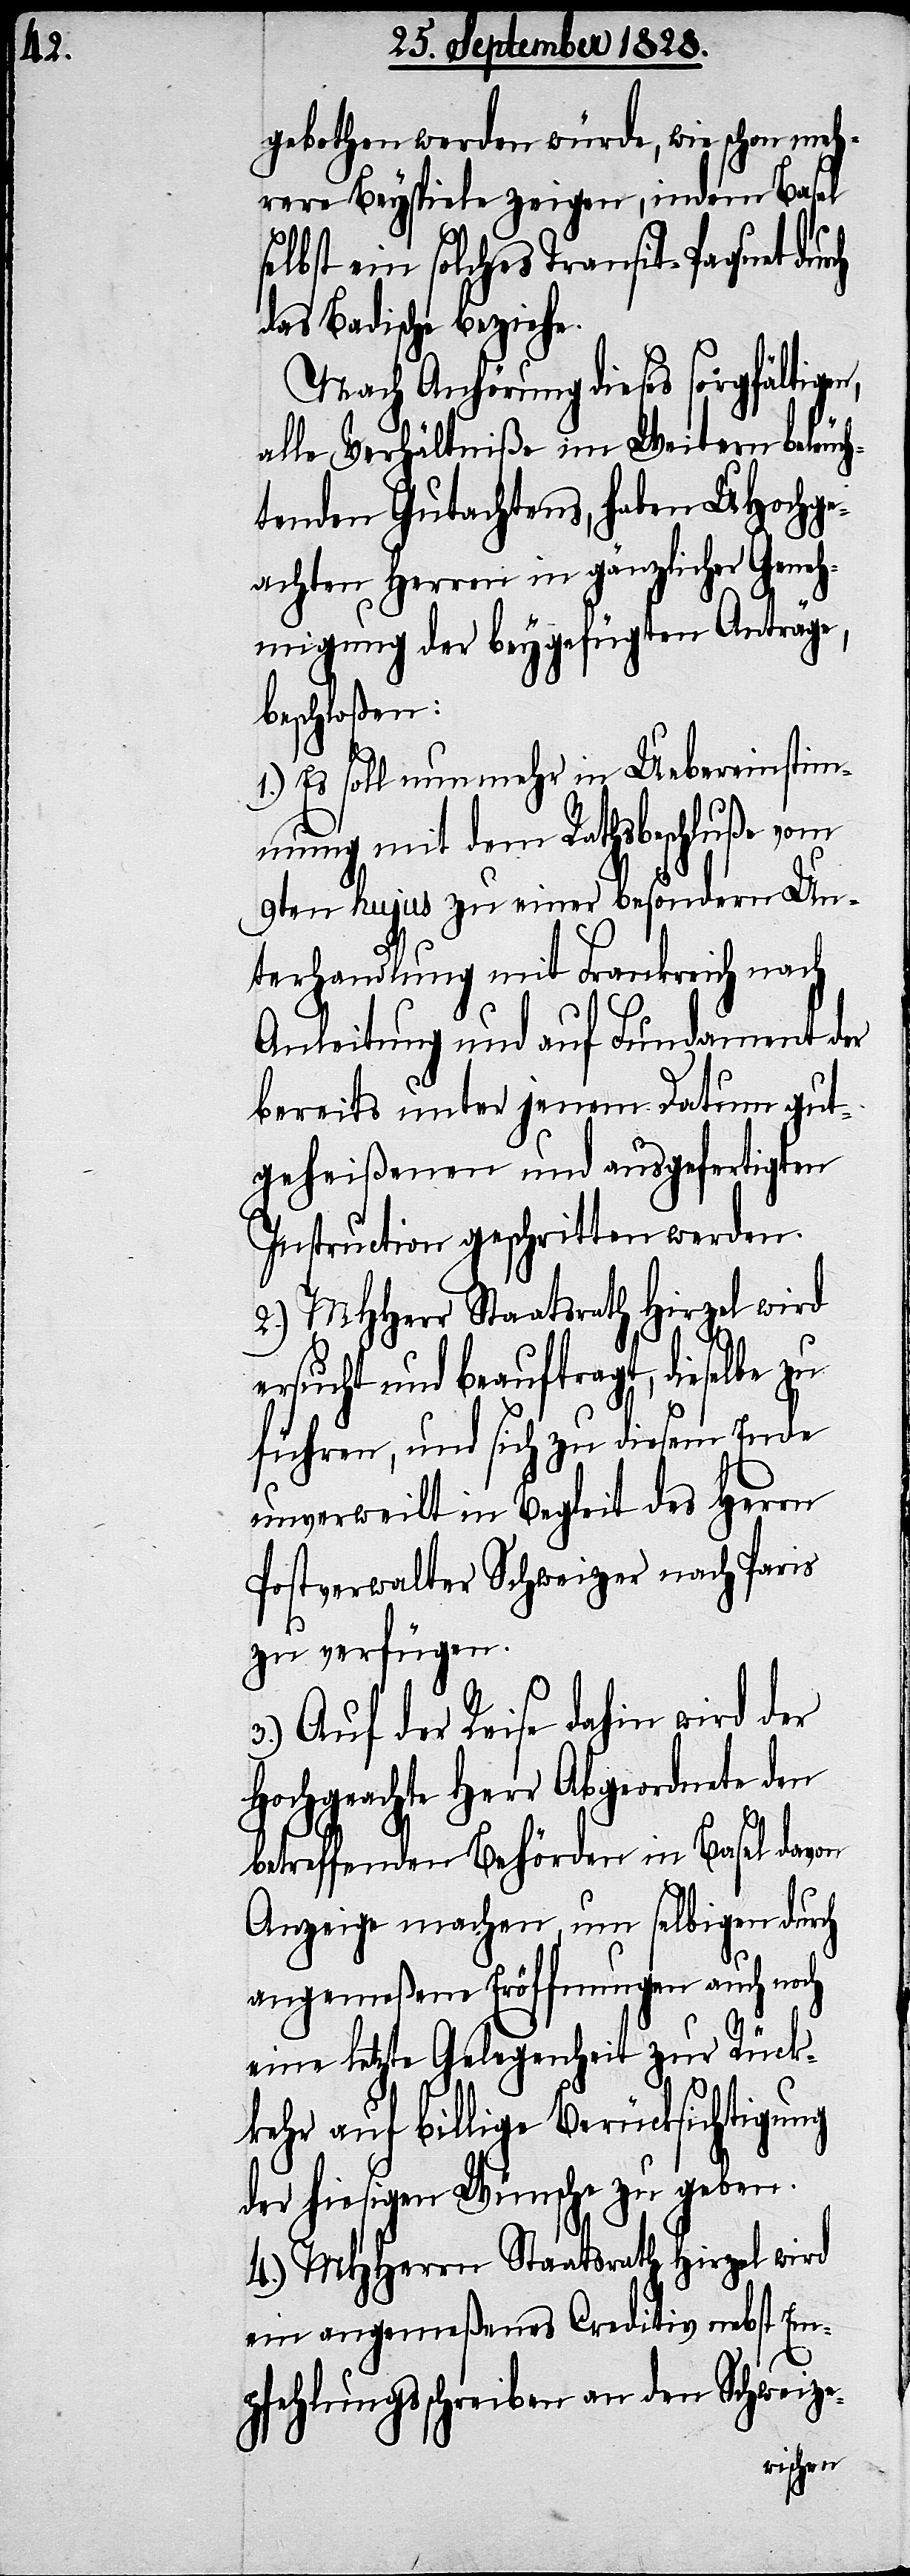
gebothen werden würde, wie schon meh¬
rere Beyspiele zeigen, indem Basel
selbst ein solches Transit-Paquet durch
das Badische beziehe.
Nach Anhörung dieses sorgfältigen,
alle Verhältniße im Weitern beleuc¬
htenden Gutachtens, haben UHochge¬
achten Herren in gänzlicher Geneh¬
migung der beygefügten Anträge,
beschloßen:
1.) Es soll nun mehr Uebereinstim¬
mung mit dem Rathsbeschluß vom
9ten hujus zu einer besondern Un¬
terhandlung mit Frankreich nach
Anleitung und auf Fundament der
bereits unter jenem Datum gut¬
geheißenen und ausgefertigten
Instruction geschritten werden.
2.) MHHerr Staatsrath Hirzel wird
ersucht und beauftragt, dieselbe zu
führen, und sich zu diesem Ende
unverweilt in Begleit des Herrn
Postverwalter Schweizer nach Paris
zu verfügen.
3.) Auf der Reise dahin wird der
Hochgeachte Herr Abgeordnete den
betreffenden Behörden in Basel davon
Anzeige machen, um selbigen durch
angemeßene Eröffnungen auch noch
eine letzte Gelegenheit zur Rück¬
kehr auf billige Berücksichtigung
der hiesigen Wünsche zu geben.
4.) MHHerrn Staatsrath Hirzel wird
ein angemeßenes Creditiv nebst Em¬
pfehlungsschreiben an den Schweize-